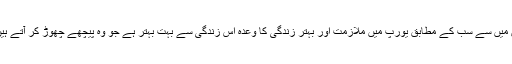
ان میں سے سب کے مطابق یورپ میں ملازمت اور بہتر زندگی کا وعدہ اس زندگی سے بہت بہتر ہے جو وہ پیچھے چھوڑ کر آتے ہیں۔